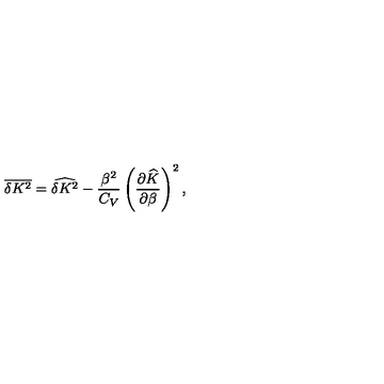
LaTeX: \overline { { \delta K ^ { 2 } } } = \widehat { \delta K ^ { 2 } } - \frac { \beta ^ { 2 } } { C _ { V } } \left( \frac { \partial \widehat { K } } { \partial \beta } \right) ^ { 2 } ,